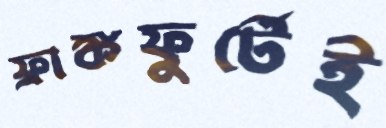
ফ্রাঙ্কফুর্টেই